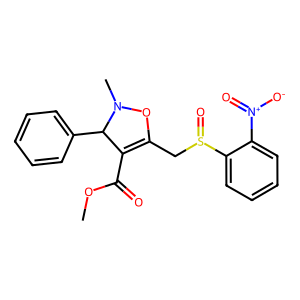
SMILES: COC(=O)C1=C(CS(=O)c2ccccc2[N+](=O)[O-])ON(C)C1c1ccccc1
Inhibits HIV replication: No